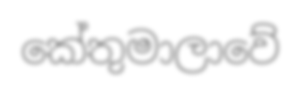
කේතුමාලාවේ